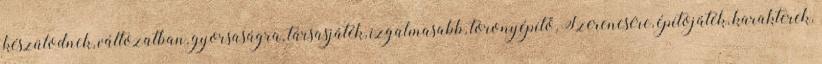
készülodnek, változatban, gyorsaságra, társasjáték, izgalmasabb, toronyépítő, Szerencsére, építojáték, karakterek,